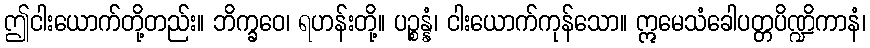
ဤငါးယောက်တို့တည်း။ ဘိက္ခဝေ၊ ရဟန်းတို့။ ပဉ္စန္နံ၊ ငါးယောက်ကုန်သော။ ဣမေသံခေါပတ္တပိဏ္ဍိကာနံ၊